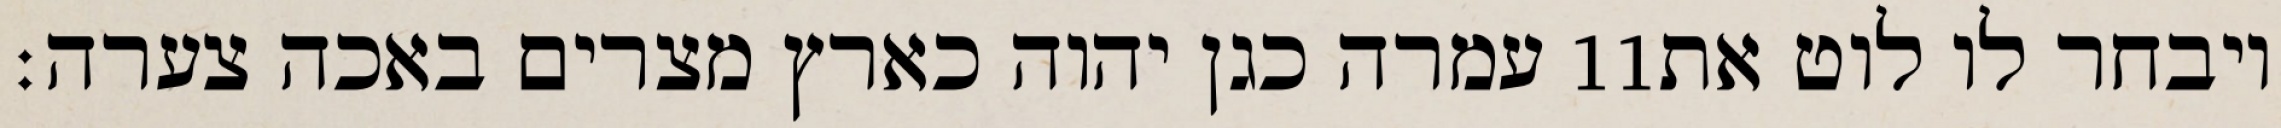
עמרה כגן יהוה כארץ מצרים באכה צערה׃ ‎11‏ ויבחר לו לוט את